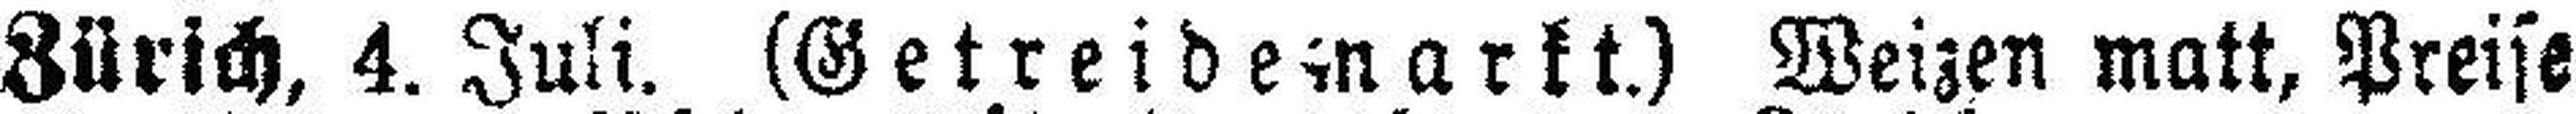
Zürich, 4. Juli. (Getreidemarkt.) Weizen matt, Preise